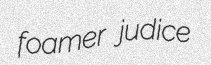
foamer judice